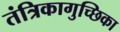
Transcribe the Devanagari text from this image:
तंत्रिकागुच्छिका